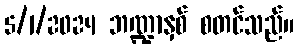
5/1/2024 ဘဏ္ဍာနှစ် စတင်သည်။